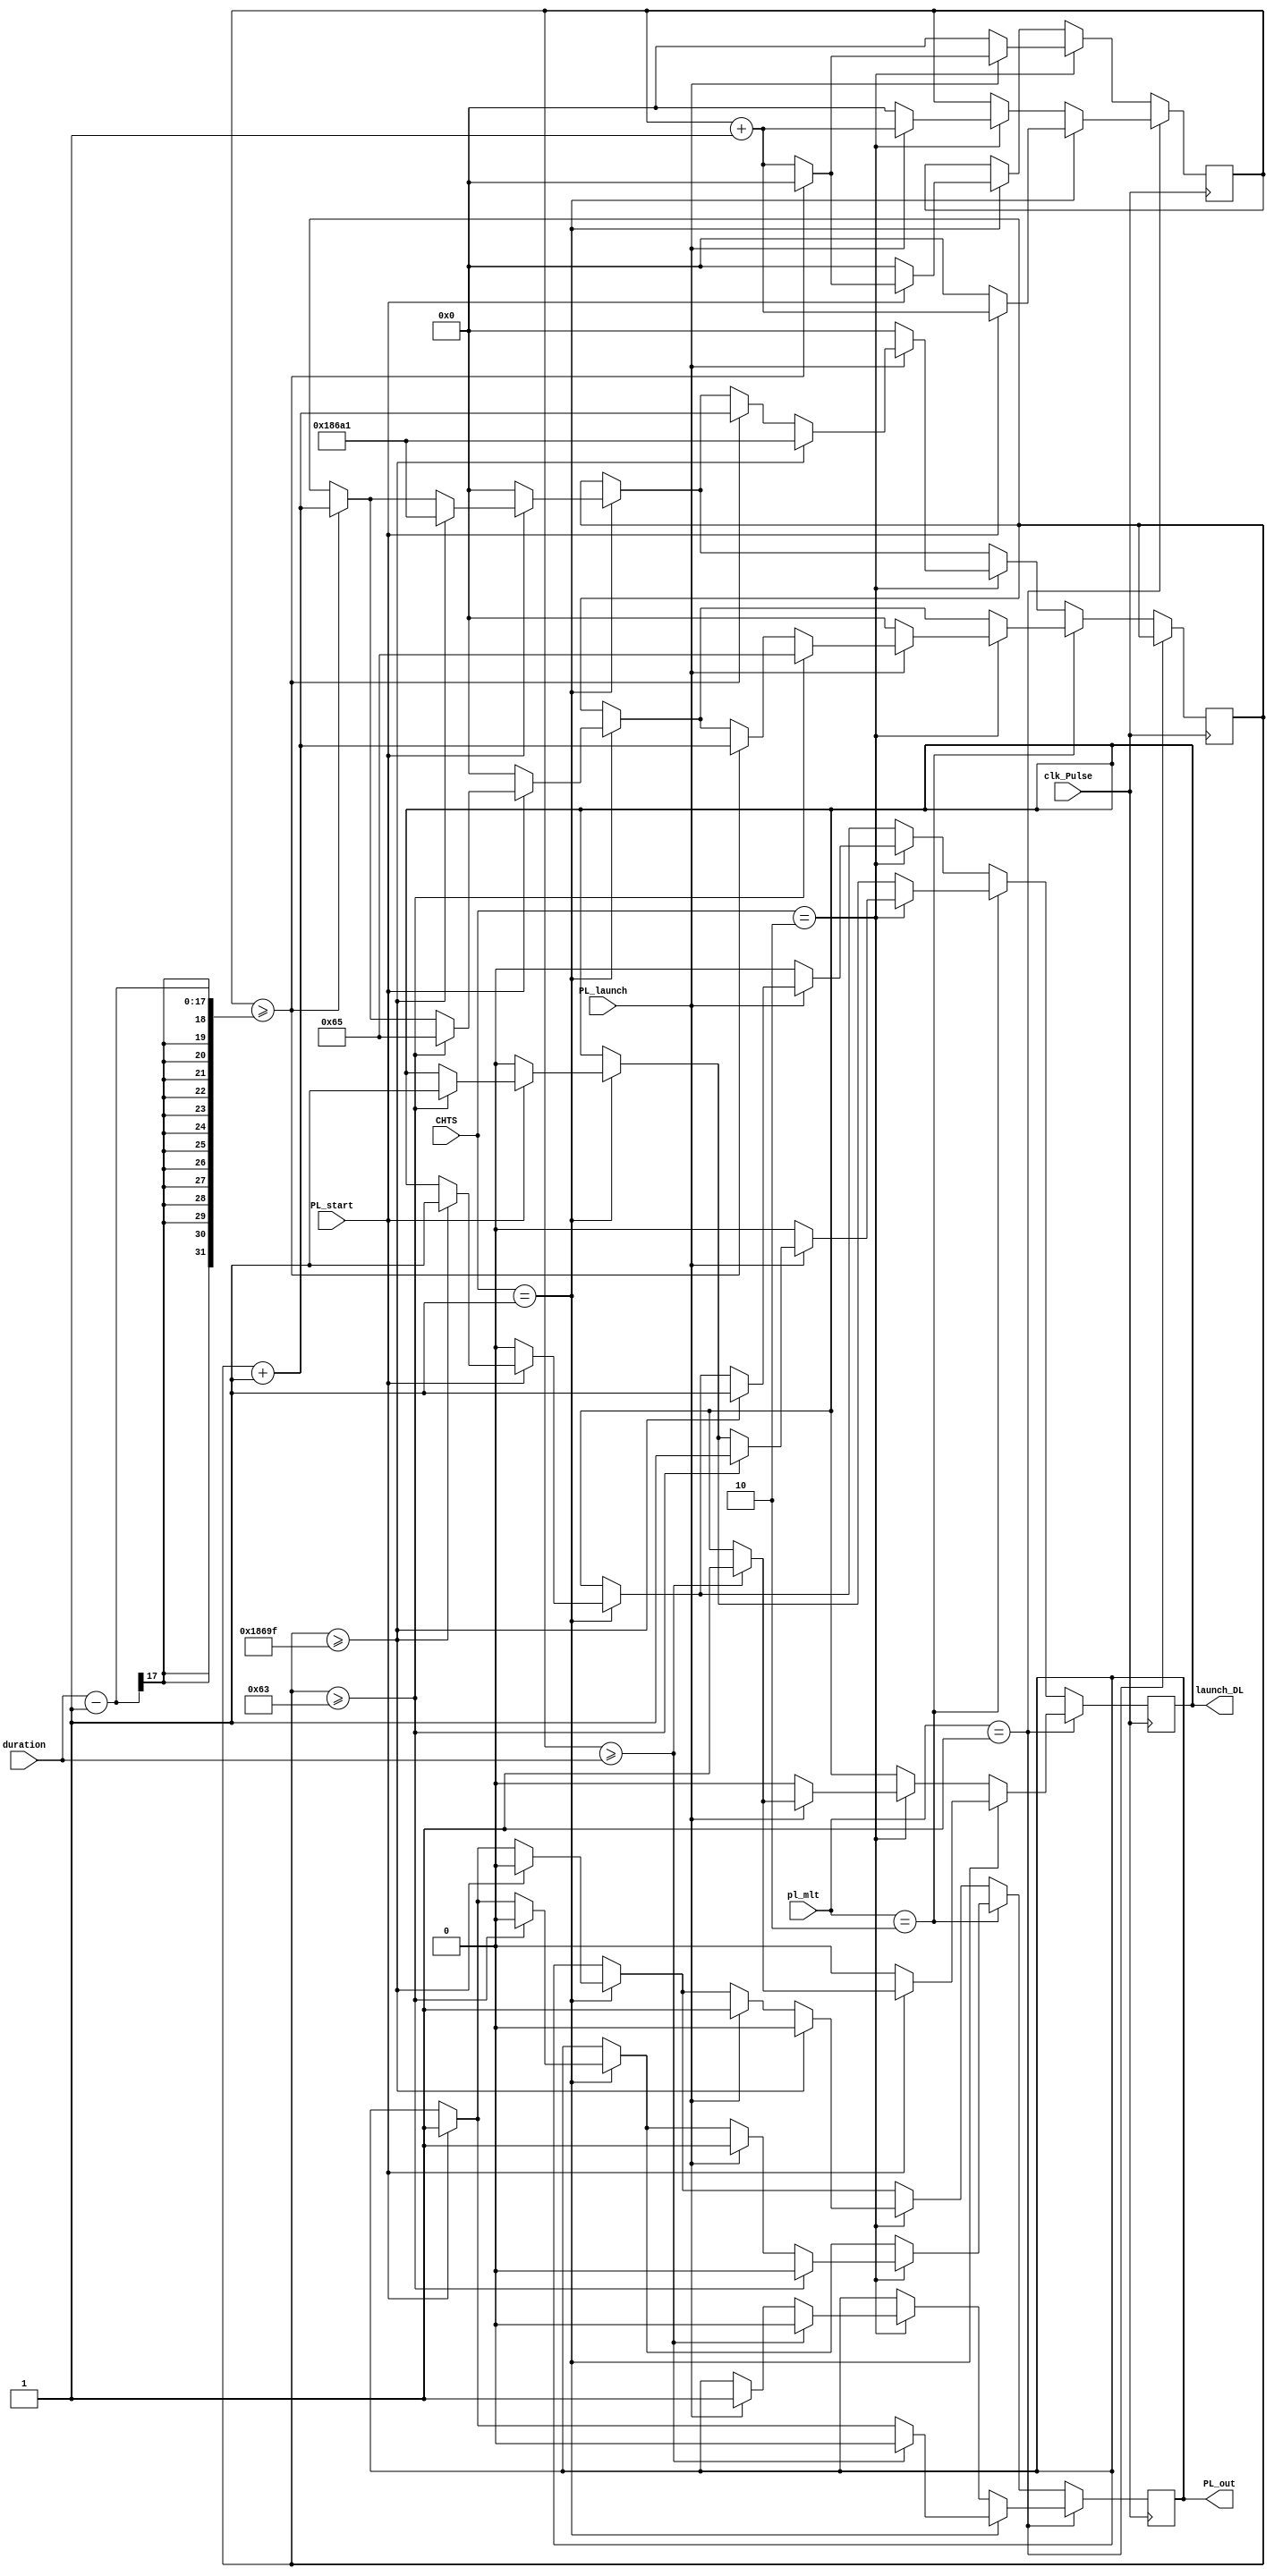
///////////////////////////////////////////////////////////
// Name File : Pulse.v 												//
// Autor : Dyomkin Pavel Mikhailovich 							//
// Company : GSC RF TRINITI										//
// Description : The generator of a single pulse		  	//
// Start design : 28.10.2020 										//
// Last revision : 28.10.2020 									//
///////////////////////////////////////////////////////////
module Pulse (input clk_Pulse, PL_start, PL_launch,
				  input [3:0] CHTS, 
				  input [4:0] pl_mlt,
				  input [16:0] duration, 
				  output reg PL_out, launch_DL
				 );
				
reg [20:0] cnt1;
reg [20:0] cnt2;
initial cnt1 <= 1'b0;
initial cnt2 <= 1'b0;
initial PL_out <= 1'b0;
initial launch_DL <= 1'b0;


always @(posedge clk_Pulse) begin
	
	
	if (pl_mlt == 4'd1) begin				
				
			if (CHTS == 3'd1) begin
				
					if (PL_start == 7'd1) begin
						cnt1 <= cnt1 + 1'b1;
						PL_out <= 1'b1;
					end
					
					if (cnt1 >= duration) begin
						PL_out <= 1'b0;
						launch_DL <= 1'b1;     
					end	
					
					if (PL_start == 1'b0) begin
						cnt1 <= 1'b0;
						launch_DL <= 1'b0;		
					end
				
			end

				
			else if (CHTS == 3'd2) begin 
					
					if (PL_launch == 1'b1) begin
						cnt1 <= cnt1 + 1'b1;
						PL_out <= 1'b1;
					end
					
					if (cnt1 >= duration) begin
						PL_out <= 1'b0;
						launch_DL <= 1'b1;     
					end	
					
					if (PL_launch == 1'b0) begin
						cnt1 <= 1'b0;
						launch_DL <= 1'b0;		
					end
			end
				
	end
		
		
		
		
	
	else if (pl_mlt == 4'd2) begin				
		
		if (CHTS == 3'd1) begin
		
			if (PL_start == 1'b1) begin
				cnt1 <= cnt1 + 1'b1;
				PL_out <= 1'b1;
			end
			
			if (cnt1 >= duration - 1) begin
				cnt2 <= cnt2 + 1'b1;
				cnt1 <= 1'b0;		
			end
			
			if (cnt2 >= 99) begin
				PL_out <= 1'b0;
				launch_DL <= 1'b1;
				cnt2 <= 101;
			end	
					
			if (PL_start == 1'b0) begin
				cnt1 <= 1'b0;
				cnt2 <= 1'b0;
				launch_DL <= 1'b0;
			end	
		end
	
		
		if (CHTS == 3'd2) begin
		
			if (PL_launch == 1'b1) begin
				cnt1 <= cnt1 + 1'b1;
				PL_out <= 1'b1;
			end
			
			if (cnt1 >= duration - 1) begin
				cnt2 <= cnt2 + 1'b1;
				cnt1 <= 1'b0;		
			end
			
			if (cnt2 >= 99) begin
				PL_out <= 1'b0;
				launch_DL <= 1'b1;
				cnt2 <= 101;
			end	
			
		
			if (PL_launch == 1'b0) begin
				cnt1 <= 1'b0;
				cnt2 <= 1'b0;
				launch_DL <= 1'b0;	
			end
		end
	end
	
	
	else begin				
		
		if (CHTS == 3'd1) begin
		
			if (PL_start == 1'b1) begin
				cnt1 <= cnt1 + 1'b1;
				PL_out <= 1'b1;
			end
			
			if (cnt1 >= duration - 1) begin
				cnt2 <= cnt2 + 1'b1;
				cnt1 <= 1'b0;		
			end
			
			if (cnt2 >= 99999) begin
				PL_out <= 1'b0;
				launch_DL <= 1'b1;
				cnt2 <= 100001;
			end	
			
		
			if (PL_start == 1'b0) begin
				cnt1 <= 1'b0;
				cnt2 <= 1'b0;
				launch_DL <= 1'b0;	
			end
		end
		
		if (CHTS == 3'd2) begin
		
			if (PL_launch == 1'b1) begin
				cnt1 <= cnt1 + 1'b1;
				PL_out <= 1'b1;
			end
			
			if (cnt1 >= duration - 1) begin
				cnt2 <= cnt2 + 1'b1;
				cnt1 <= 1'b0;		
			end
			
			if (cnt2 >= 99999) begin
				PL_out <= 1'b0;
				launch_DL <= 1'b1;
				cnt2 <= 100001;
			end	
			
		
			if (PL_launch == 1'b0) begin
				cnt1 <= 1'b0;
				cnt2 <= 1'b0;
				launch_DL <= 1'b0;	
			end
		end

	end
	
			
end		
endmodule